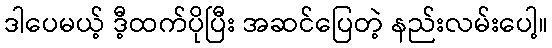
ဒါပေမယ့် ဒီ့ထက်ပိုပြီး အဆင်ပြေတဲ့ နည်းလမ်းပေါ့။